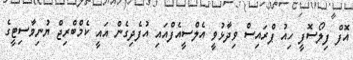
އޮފް ފިލޯސޮފީ ހިއު ޕްރައިސް ވިދާޅުވީ އެލްސީއެފްއައި އުފެދިގެން އައީ ކެމްބްރިޖް ޔުނިވާސިޓީގެ